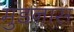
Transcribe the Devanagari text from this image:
मुंडनास